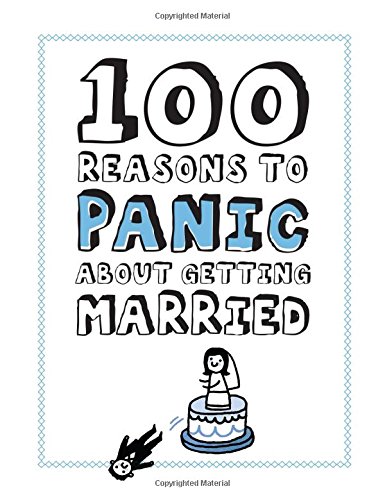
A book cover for Knock Knock 100 Reasons to Panic About Getting Married; Knock Knock; Humor & Entertainment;